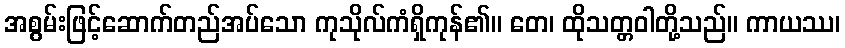
အစွမ်းဖြင့်ဆောက်တည်အပ်သော ကုသိုလ်ကံရှိကုန်၏။ တေ၊ ထိုသတ္တဝါတို့သည်။ ကာယဿ၊